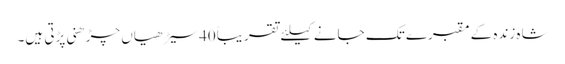
شاہ زندہ کے مقبرے تک جانے کیلئے تقریباً 40سیڑھیاں چڑھنی پڑتی ہیں۔